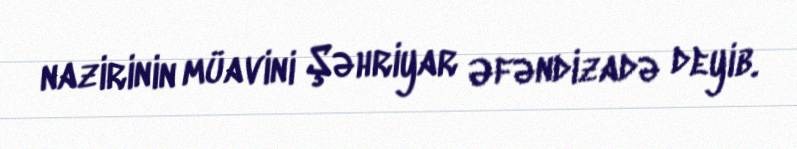
nazirinin müavini Şəhriyar Əfəndizadə deyib.